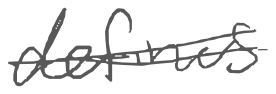
Text: defines
Cross-out: double-line
Writing tool: digital_gray